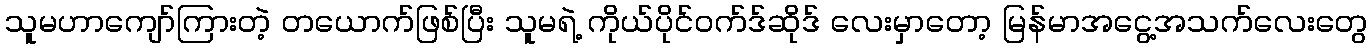
သူမဟာကျော်ကြားတဲ့ တယောက်ဖြစ်ပြီး သူမရဲ့ ကိုယ်ပိုင်ဝက်ဒ်ဆိုဒ် လေးမှာတော့ မြန်မာအငွေ့အသက်လေးတွေ